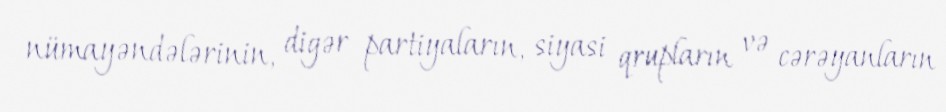
nümayəndələrinin, digər partiyaların, siyasi qrupların və cərəyanların